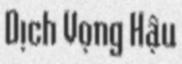
Dịch Vọng Hậu